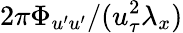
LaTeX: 2\pi\Phi_{u^{\prime}u^{\prime}}/(u_{\tau}^{2}\lambda_{x})